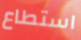
استطاع